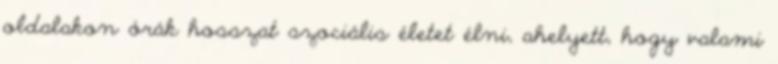
oldalakon órák hosszat szociális életet élni, ahelyett, hogy valami